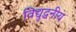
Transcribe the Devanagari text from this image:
विद्युद्धनीय